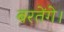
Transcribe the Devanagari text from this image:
बरतेंगे।